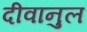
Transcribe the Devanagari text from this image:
दीवानुल